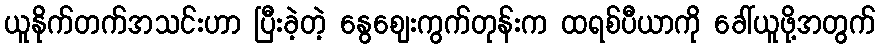
ယူနိုက်တက်အသင်းဟာ ပြီးခဲ့တဲ့ နွေစျေးကွက်တုန်းက ထရစ်ပီယာကို ခေါ်ယူဖို့အတွက်